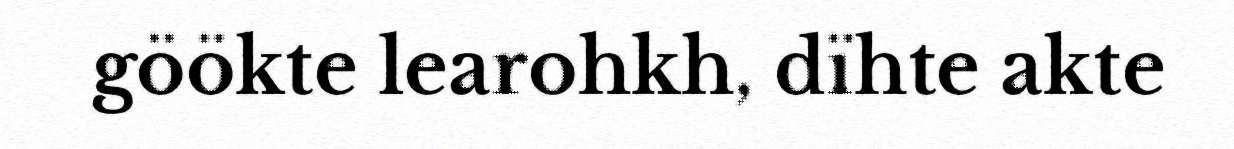
göökte learohkh, dïhte akte